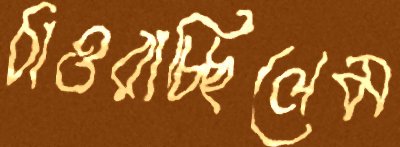
ঠাওরাচ্ছিলেম